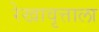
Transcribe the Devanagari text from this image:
रेखावृत्ताला